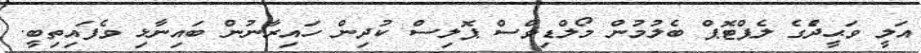
އަލީ ވަޙީދުެގެ ލެޕްޓޮޕް ބެލުމުން މޯލްޑިވްސް ޕޮލިސް ކުދިން ހައިރާނުން ބައިނާޅި ވެފައިތިބީ.